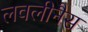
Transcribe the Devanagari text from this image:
लवलीनैस